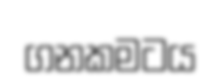
ගනකමටය